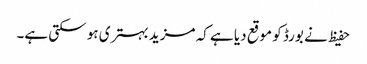
حفیظ نے بورڈ کو موقع دیا ہے کہ مزید بہتری ہو سکتی ہے۔